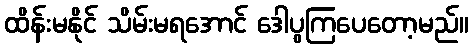
ထိန်းမနိုင် သိမ်းမရအောင် ဒေါပွကြပေတော့မည်။